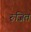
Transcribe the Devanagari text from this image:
रुजित